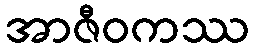
အာဇီဝကဿ